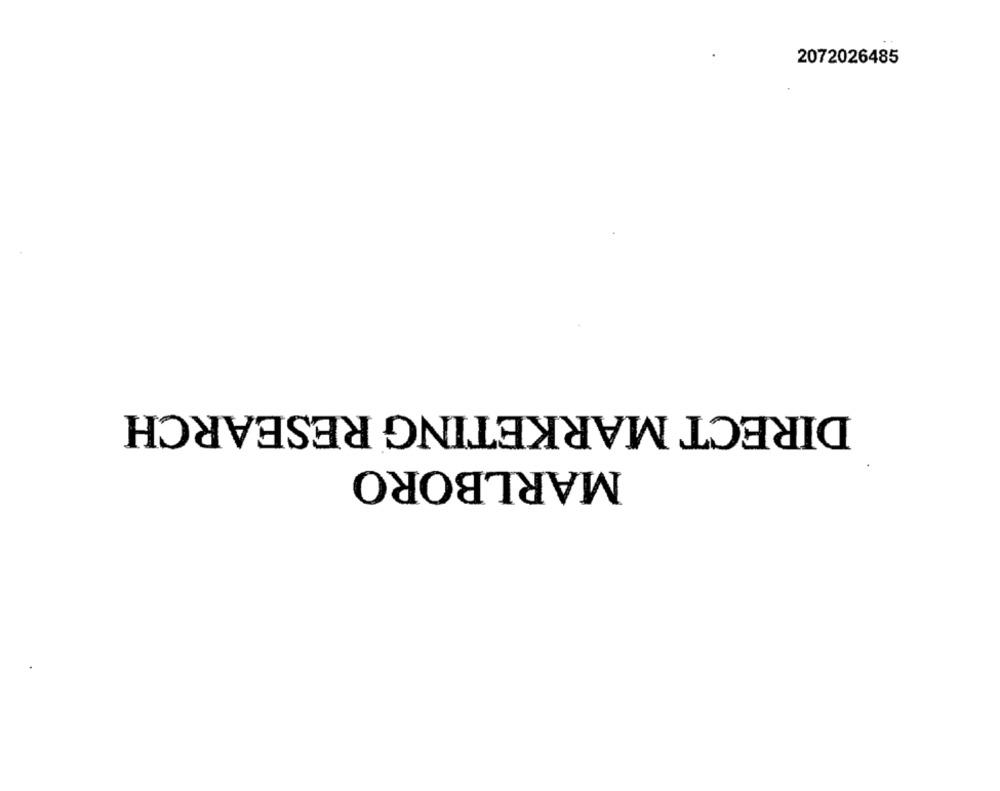
2072026485
DIRECT MARKETING RESEARCH
MARLBORO